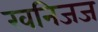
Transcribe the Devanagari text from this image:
खनिजज